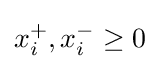
x_{i}^{+},x_{i}^{-}\geq 0